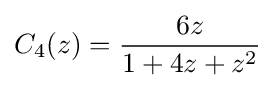
C_{4}(z)={\frac {6z}{1+4z+z^{2}}}